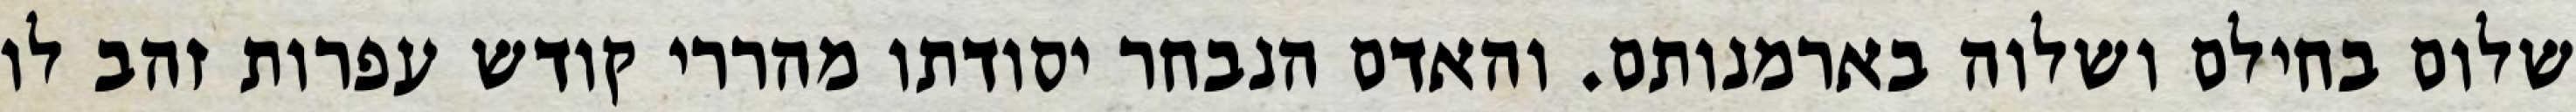
שלום בחילם ושלוה בארמנותם. והאדם הנבחר יסודתו מהררי קודש עפרות זהב לו